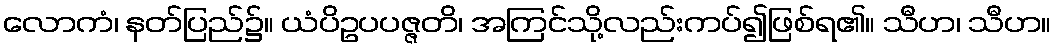
လောကံ၊ နတ်ပြည်၌။ ယံပိဥပပဇ္ဇတိ၊ အကြင်သို့လည်းကပ်၍ဖြစ်ရ၏။ သီဟ၊ သီဟ။